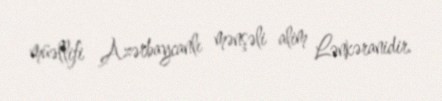
müəllifi Azərbaycanlı mənşəli alim Lənkəranidir.